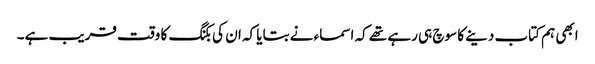
ابھی ہم کتاب دینے کا سوچ ہی رہے تھے کہ اسماء نے بتایا کہ ان کی بکنگ کا وقت قریب ہے۔